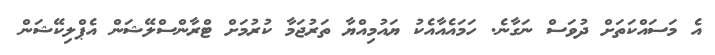
އެ މަސައްކަތަށް ދުވަސް ނަގާނެ. ހަމައެއާއެކު ޔައުމިއްޔާ ތަރުޖަމާ ކުރުމަށް ޓްރާންސްލޭޝަން އެޕްލިކޭޝަން